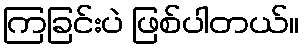
ကြခြင်းပဲ ဖြစ်ပါတယ်။